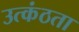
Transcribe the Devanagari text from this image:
उत्कंठता